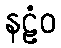
နဠံဝ